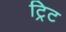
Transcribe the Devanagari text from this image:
ट्रिट